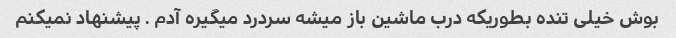
بوش خیلی تنده بطوریکه درب ماشین باز میشه سردرد میگیره آدم . پیشنهاد نمیکنم